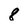
Character: 8